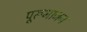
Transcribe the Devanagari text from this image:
पूरूभाजन